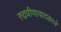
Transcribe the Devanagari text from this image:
रुद्रवीणावादकाचे